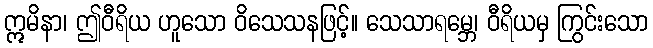
ဣမိနာ၊ ဤဝီရိယ ဟူသော ဝိသေသနဖြင့်။ သေသာရမ္ဘေ၊ ဝီရိယမှ ကြွင်းသော